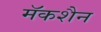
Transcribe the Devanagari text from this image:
मॅकशैन